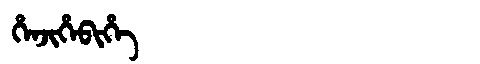
Manchu: ᡥᡝᠨᠵᡳᡥᡝᠪᡳᡥᡝ
Romanization: HENJIHEBIHE